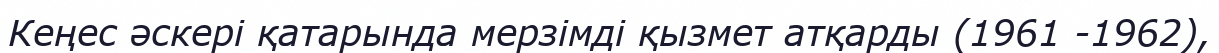
Кеңес әскері қатарында мерзімді қызмет атқарды (1961 -1962),